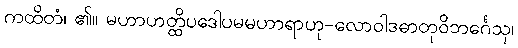
ကထိတံ၊ ၏။ မဟာဟတ္ထိပဒေါပမမဟာရာဟု-လောဝါဒဓာတုဝိဘင်္ဂေသု၊